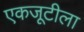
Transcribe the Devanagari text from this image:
एकजूटीला